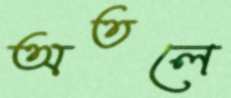
অতলে